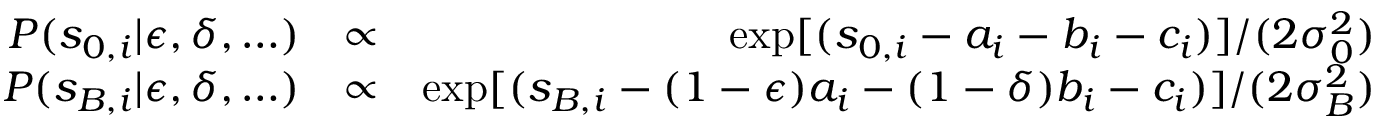
\begin{array} { r l r } { P ( s _ { 0 , i } | \epsilon , \delta , \ldots ) } & { \propto } & { \exp [ ( s _ { 0 , i } - a _ { i } - b _ { i } - c _ { i } ) ] / ( 2 \sigma _ { 0 } ^ { 2 } ) } \\ { P ( s _ { B , i } | \epsilon , \delta , \ldots ) } & { \propto } & { \exp [ ( s _ { B , i } - ( 1 - \epsilon ) a _ { i } - ( 1 - \delta ) b _ { i } - c _ { i } ) ] / ( 2 \sigma _ { B } ^ { 2 } ) } \end{array}